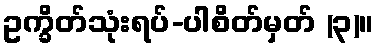
ဥက္ခိတ်သုံးရပ်-ပါစိတ်မှတ် (၃)။